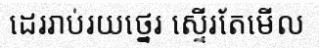
ដេររាប់រយថ្នេរ ស្ទើរតែមើល